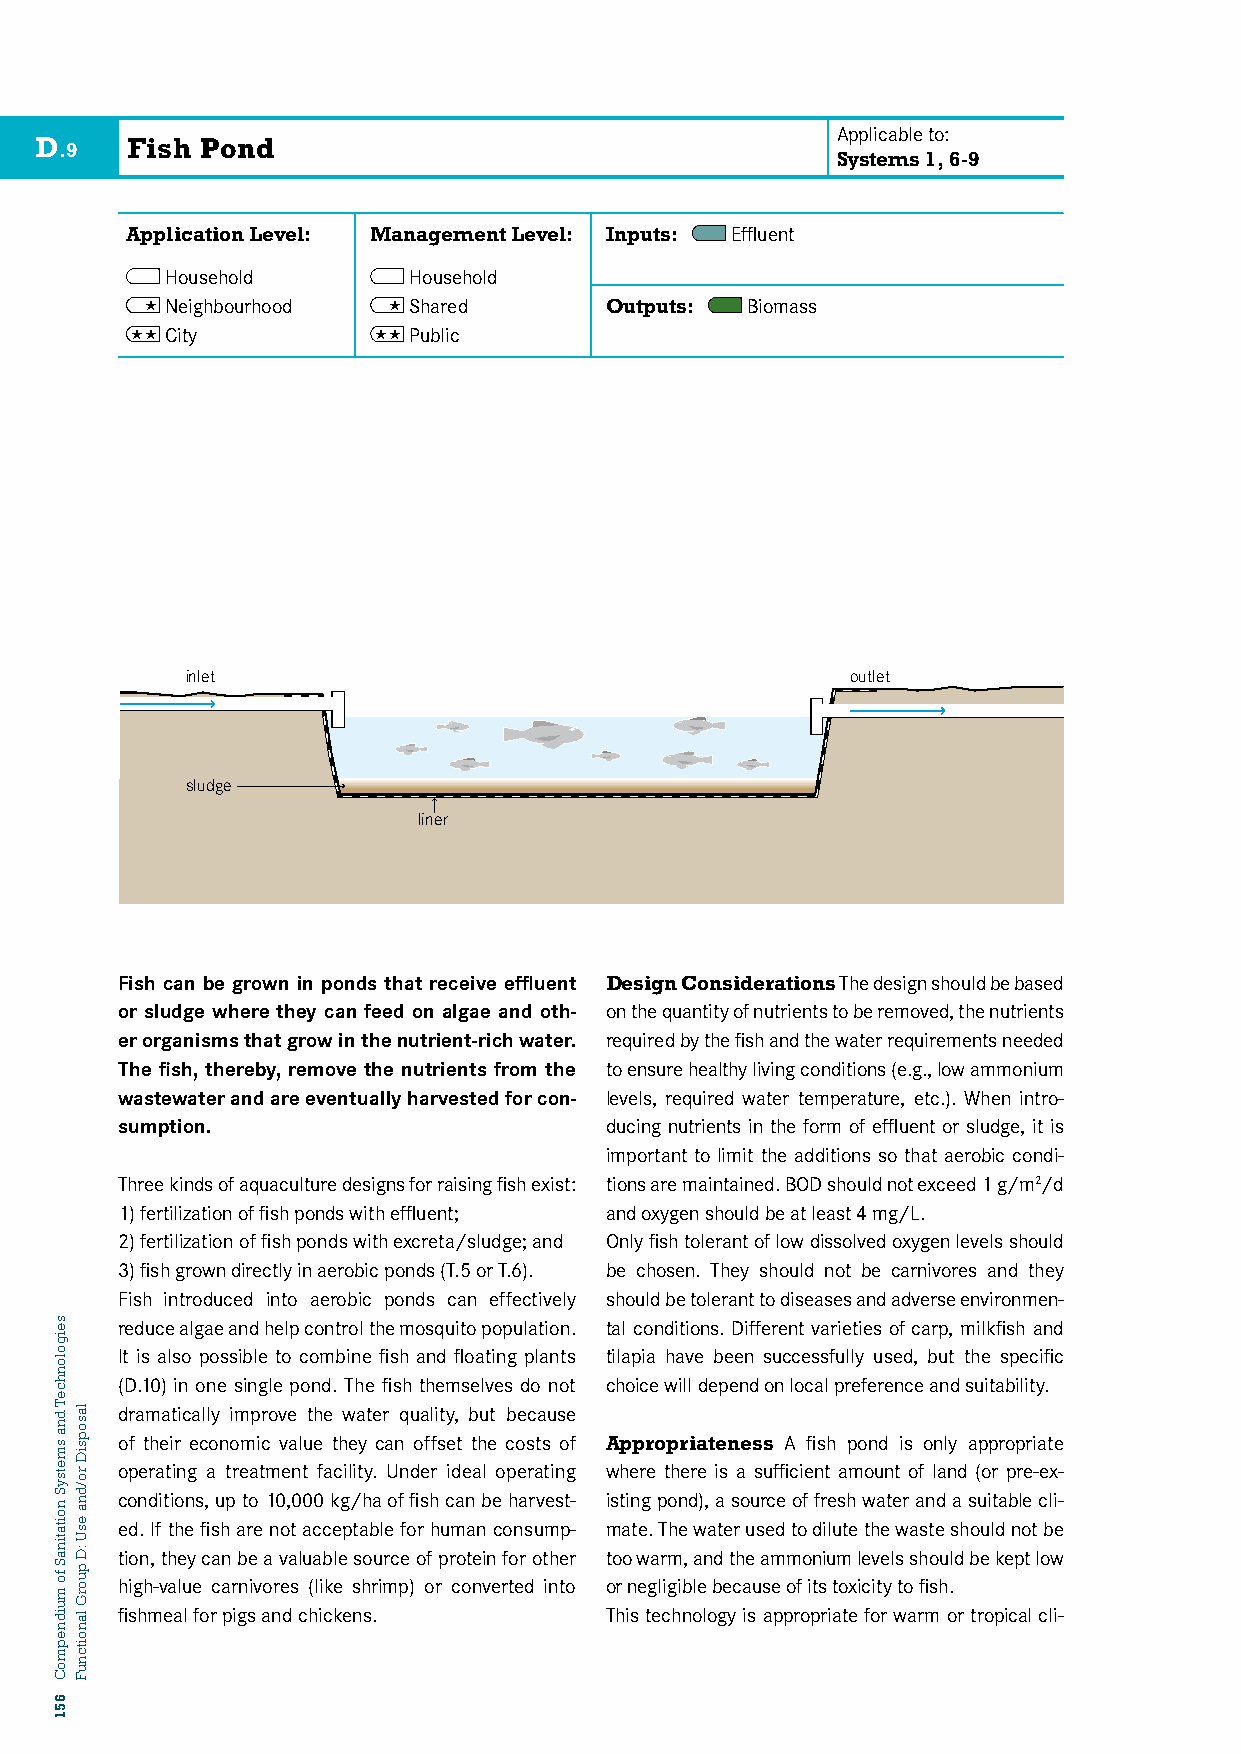
Applicable to:
 D     Fish Pond
 .9
 Systems 1, 6-9
 Application Level: Management Level: Inputs: Effluent
 Household       Household
  Neighbourhood  Shared      Outputs: Biomass
  City          Public
 D8: Aquaculture Ponds
 inlet                                       outlet
 sludge
 liner
 Fish can be grown in ponds that receive effluent Design Considerations The design should be based
 or sludge where they can feed on algae and oth- on the quantity of nutrients to be removed, the nutrients
 er organisms that grow in the nutrient-rich water. required by the fish and the water requirements needed
 The fish, thereby, remove the nutrients from the to ensure healthy living conditions (e.g., low ammonium
 wastewater and are eventually harvested for con- levels, required water temperature, etc.). When intro-
 sumption.                       ducing nutrients in the form of effluent or sludge, it is
 important to limit the additions so that aerobic condi-
 Three kinds of aquaculture designs for raising fish exist: tions are maintained. BOD should not exceed 1 g/m2/d
 1) fertilization of fish ponds with effluent; and oxygen should be at least 4 mg/L.
 2) fertilization of fish ponds with excreta/sludge; and Only fish tolerant of low dissolved oxygen levels should
 3) fish grown directly in aerobic ponds (T.5 or T.6). be chosen. They should not be carnivores and they
 Fish introduced into aerobic ponds can effectively should be tolerant to diseases and adverse environmen-
 reduce algae and help control the mosquito population. tal conditions. Different varieties of carp, milkfish and
 It is also possible to combine fish and floating plants tilapia have been successfully used, but the specific
 (D.10) in one single pond. The fish themselves do not choice will depend on local preference and suitability.
 dramatically improve the water quality, but because
 of their economic value they can offset the costs of Appropriateness A fish pond is only appropriate
 operating a treatment facility. Under ideal operating where there is a sufficient amount of land (or pre-ex-
 conditions, up to 10,000 kg/ha of fish can be harvest- isting pond), a source of fresh water and a suitable cli-
 ed. If the fish are not acceptable for human consump- mate. The water used to dilute the waste should not be
 tion, they can be a valuable source of protein for other too warm, and the ammonium levels should be kept low
 high-value carnivores (like shrimp) or converted into or negligible because of its toxicity to fish.
 fishmeal for pigs and chickens. This technology is appropriate for warm or tropical cli-
 seigolonhceT
 dna
 smetsyS
 noitatinaS
 fo
 muidnepmoC
 651
 lasopsiD
 ro/dna
 esU
 :D
 puorG
 lanoitcnuF